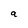
Character: a